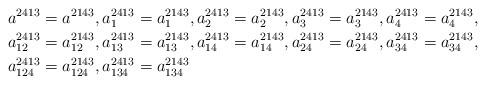
LaTeX: \begin{align*}a^{2413} & =a^{2143},a_{1}^{2413}=a_{1}^{2143},a_{2}^{2413}=a_{2}^{2143},a_{3}^{2413}=a_{3}^{2143},a_{4}^{2413}=a_{4}^{2143},\\a_{12}^{2413} & =a_{12}^{2143},a_{13}^{2413}=a_{13}^{2143},a_{14}^{2413}=a_{14}^{2143},a_{24}^{2413}=a_{24}^{2143},a_{34}^{2413}=a_{34}^{2143},\\a_{124}^{2413} & =a_{124}^{2143},a_{134}^{2413}=a_{134}^{2143}\end{align*}